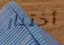
أختبار